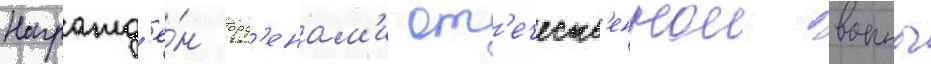
Награжд'ё́н орд'енам'и от'ечеств'еннои воины